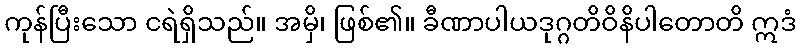
ကုန်ပြီးသော ငရဲရှိသည်။ အမှိ၊ ဖြစ်၏။ ခီဏာပါယဒုဂ္ဂတိဝိနိပါတောတိ ဣဒံ